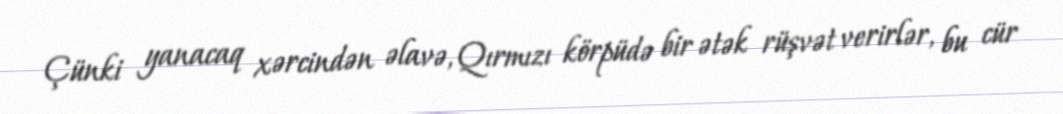
Çünki yanacaq xərcindən əlavə, Qırmızı körpüdə bir ətək rüşvət verirlər, bu cür